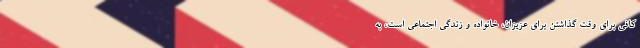
کافی برای وقت گذاشتن برای عزیزان، خانواده و زندگی اجتماعی است، به